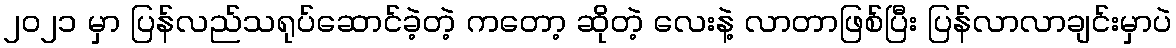
၂၀၂၁ မှာ ပြန်လည်သရုပ်ဆောင်ခဲ့တဲ့ ကတော့ ဆိုတဲ့ လေးနဲ့ လာတာဖြစ်ပြီး ပြန်လာလာချင်းမှာပဲ